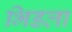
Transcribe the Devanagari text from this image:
भिडला